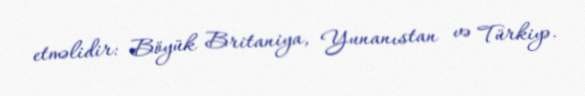
etməlidir: Böyük Britaniya, Yunanıstan və Türkiyə.